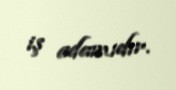
iş adamıdır.